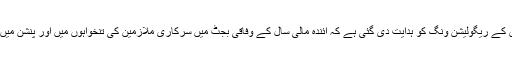
قومی اخبار کی ایک رپورٹ میں بتایا گیا ہے کہ وزارت خزانہ کے ذرائع کے مطابق خانہ ڈویژن کے ریگولیشن ونگ کو ہدایت دی گئی ہے کہ آئندہ مالی سال کے وفاقی بجٹ میں سرکاری ملازمین کی تنخواہوں میں اور پنشن میں اضافے کے حوالے سے تین مخلتف تجاویز تیار کر کے سمری وزارت خزانہ کو بھجوائی جائے۔